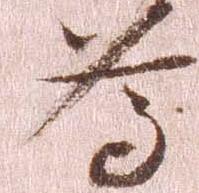
為